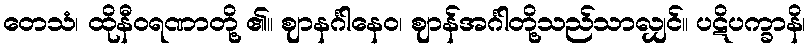
တေသံ၊ ထိုနီဝရဏာတို့ ၏။ ဈာနင်္ဂါနေဝ၊ ဈာန်အင်္ဂါတို့သည်သာလျှင်။ ပဋိပက္ခာနိ၊